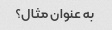
به عنوان مثال؟